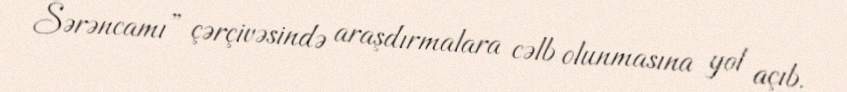
Sərəncamı” çərçivəsində araşdırmalara cəlb olunmasına yol açıb.